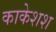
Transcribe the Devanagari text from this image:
काकेशश